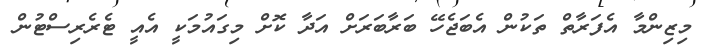
މިޒިންމާ އެފަރާތް ތަކުން އެބަޖެހޭ ބަރާބަރަށް އަދާ ކޮށް މިގައުމަކީ އެއީ ޓެރެރިސްޓުން